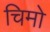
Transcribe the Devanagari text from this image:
चिमो